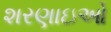
શરણાઇઓ